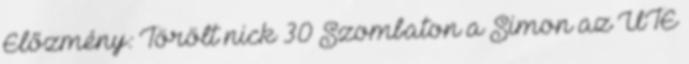
Előzmény: Törölt nick 30 Szombaton a Simon az UTE